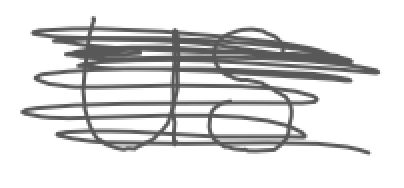
Text: US
Cross-out: scratch
Writing tool: digital_gray